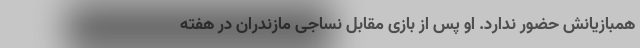
همبازیانش حضور ندارد. او پس از بازی مقابل نساجی مازندران در هفته